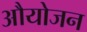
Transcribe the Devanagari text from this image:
औयोजन